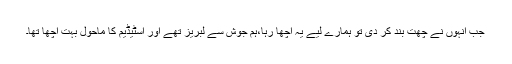
جب انہوں نے چھت بند کر دی تو ہمارے لیے یہ اچھا رہا،ہم جوش سے لبریز تھے اور اسٹیڈیم کا ماحول بہت اچھا تھا۔